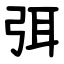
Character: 弭